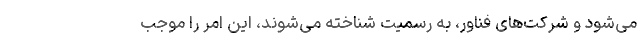
می‌شود و شرکت‌های فناور، به رسمیت شناخته می‌شوند، این امر را موجب